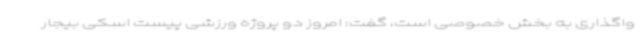
واگذاری به بخش خصوصی است، گفت: امروز دو پروژه ورزشی پیست اسکی بیجار